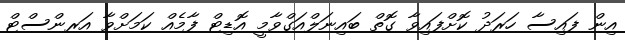
އިން ފައިސާ ހަރަދު ކޮށްފައިވާ ގޮތް ބައިނަލްއަގްވާމީ އޮޑިޓް ފާމެއް ކަމަށްވާ އަރންސްޓް